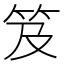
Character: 笈